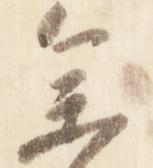
参